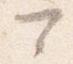
可